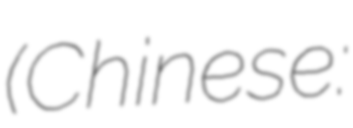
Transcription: (Chinese: